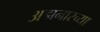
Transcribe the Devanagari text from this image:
अझनारच्या